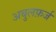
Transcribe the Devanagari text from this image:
अबुलफ़र्ज